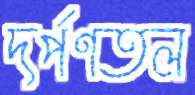
দর্পণতল